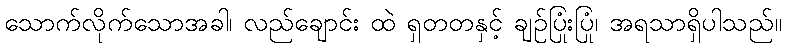
သောက်လိုက်သောအခါ၊ လည်ချောင်း ထဲ ရှတတနှင့် ချဉ်ပြုံးပြုံ၊ အရသာရှိပါသည်။